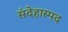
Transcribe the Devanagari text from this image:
संदेहास्‍पद